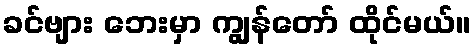
ခင်ဗျား ဘေးမှာ ကျွန်တော် ထိုင်မယ်။